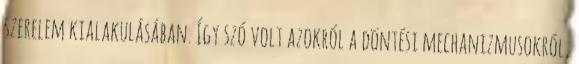
szerelem kialakulásában. Így szó volt azokról a döntési mechanizmusokról,